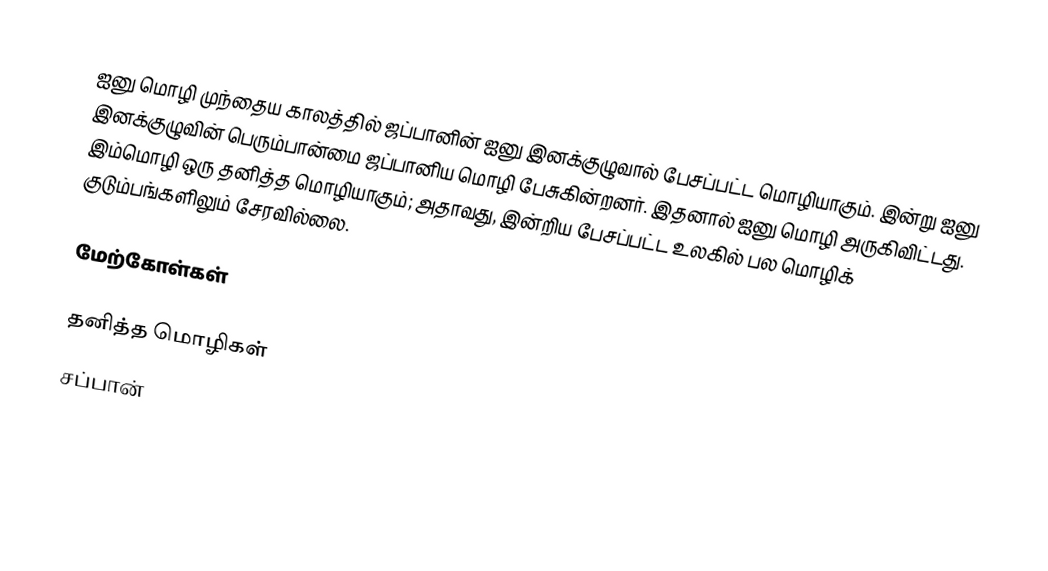
ஐனு மொழி முந்தைய காலத்தில் ஜப்பானின் ஐனு இனக்குழுவால் பேசப்பட்ட மொழியாகும். இன்று ஐனு இனக்குழுவின் பெரும்பான்மை ஜப்பானிய மொழி பேசுகின்றனர். இதனால் ஐனு மொழி அருகிவிட்டது. இம்மொழி ஒரு தனித்த மொழியாகும்; அதாவது, இன்றிய பேசப்பட்ட உலகில் பல மொழிக் குடும்பங்களிலும் சேரவில்லை.

மேற்கோள்கள்

தனித்த மொழிகள்
சப்பான்